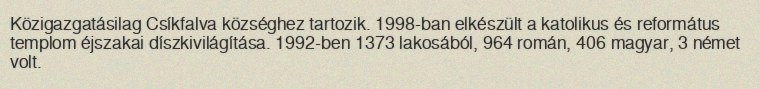
Közigazgatásilag Csíkfalva községhez tartozik. 1998-ban elkészült a katolikus és református templom éjszakai díszkivilágítása. 1992-ben 1373 lakosából, 964 román, 406 magyar, 3 német volt.